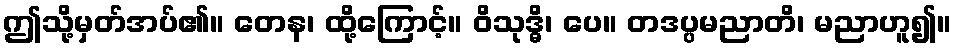
ဤသို့မှတ်အပ်၏။ တေန၊ ထို့ကြောင့်။ ဝိသုဒ္ဓိ၊ ပေ။ တဒပ္ပမညာတိ၊ မညာဟူ၍။